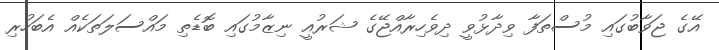
އޭގެ ޖަވާބުގައި މުސްތަފާ ވިދާޅުވީ ދިވެހިރާއްޖޭގެ ޝަރުއީ ނިޒާމުގައި ބޮޑެތި މައްސަލަތަކެއް އެބަހުރި